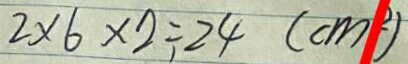
2 \times 6 \times 2 = 2 4 ( c m ^ { 2 } )